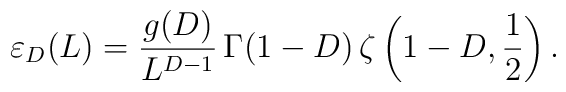
\varepsilon_{D}(L)=\frac{g(D)}{L^{D-1}} \,\Gamma(1-D)\,\zeta\left(1-D,\frac1{2}\right).